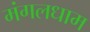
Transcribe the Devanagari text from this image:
मंगलधाम